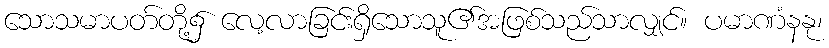
သောသမာပတ်တို့၌ လေ့လာခြင်းရှိသောသူ၏အဖြစ်သည်သာလျှင်။ ပမာဏံနနု၊